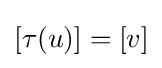
[\tau (u)]=[v]